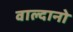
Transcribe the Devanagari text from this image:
वाल्दानो